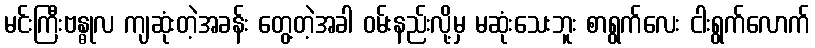
မင်းကြီးဗန္ဓုလ ကျဆုံးတဲ့အခန်း တွေ့တဲ့အခါ ဝမ်းနည်းလို့မှ မဆုံးသေးဘူး စာရွက်လေး ငါးရွက်လောက်